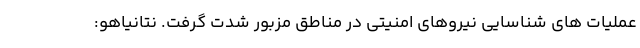
عملیات های شناسایی نیروهای امنیتی در مناطق مزبور شدت گرفت. نتانیاهو: